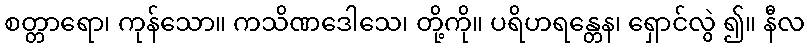
စတ္တာရော၊ ကုန်သော။ ကသိဏဒေါသေ၊ တို့ကို။ ပရိဟရန္တေန၊ ရှောင်လွဲ ၍။ နီလ